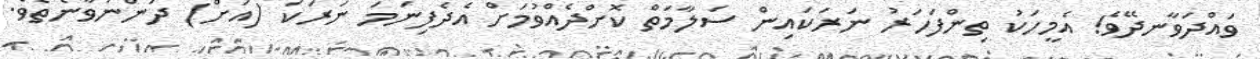
ވައްދަވާނދޭވެ! އެމީހަކު ތިންފަހަރު ނަރަކައިން ސަލާމަތް ކޮށްދެއްވުމަށް އެދެފިނަމަ ނަރަކަ (އަށް) ދަންނަވާނެތެވެ.